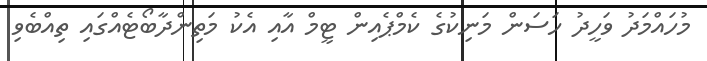
މުހައްމަދު ވަހީދު ހަސަން މަނިކުގެ ކެމްޕެއިން ޓީމް އާއި އެކު މަތިންދާބޯޓެއްގައި ތިއްބެވި